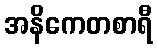
အနိကေတစာရီ